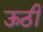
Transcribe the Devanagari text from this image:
ऊठी